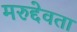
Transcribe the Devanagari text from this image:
मरुद्देवता